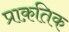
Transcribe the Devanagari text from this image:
प्राक़तिक